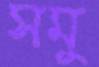
সমু